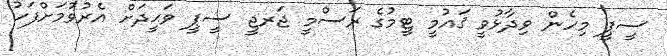
ސީޕީ މިހެން ވިދާޅުވީ ޤައުމީ ޓީމުގެ ރަސްމީ ޖަރޖީ ސީޕީ ވަޙީދަށް އެރުވުމަށްފަހު